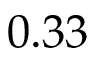
0 . 3 3